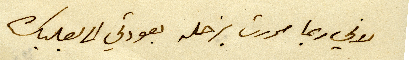
لاني ربما مررت بزحله بعودتي الى بعلبك